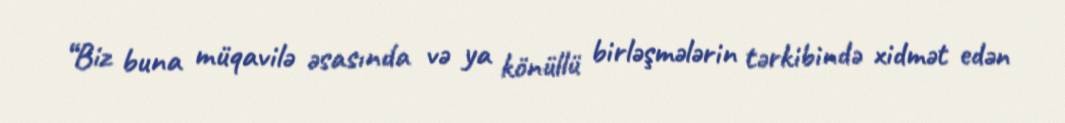
“Biz buna müqavilə əsasında və ya könüllü birləşmələrin tərkibində xidmət edən